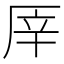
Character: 厗